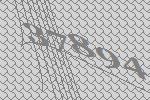
37894